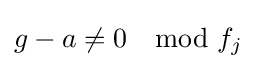
{\textstyle g-a\not =0\mod f_{j}}